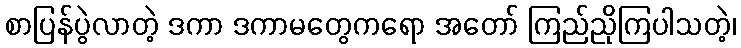
စာပြန်ပွဲလာတဲ့ ဒကာ ဒကာမတွေကရော အတော် ကြည်ညိုကြပါသတဲ့၊